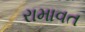
રામાવત